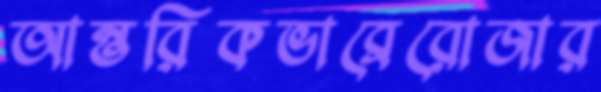
আন্তরিকভাব্রেরোজার